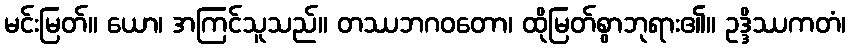
မင်းမြတ်။ ယော၊ အကြင်သူသည်။ တဿဘဂဝတော၊ ထိုမြတ်စွာဘုရား၏။ ဥဒ္ဒိဿကတံ၊